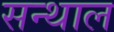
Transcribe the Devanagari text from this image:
सन्थाल